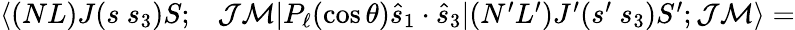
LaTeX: \begin{array}{rl}{\langle(NL)J(s~s_{3})S;}&{{}\mathcal{J}\mathcal{M}|P_{\ell}(\cos\theta)\hat{s}_{1}\cdot\hat{s}_{3}|(N^{\prime}L^{\prime})J^{\prime}(s^{\prime}~s_{3})S^{\prime};\mathcal{J}\mathcal{M}\rangle=}\end{array}